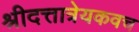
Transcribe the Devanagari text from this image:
श्रीदत्तात्रेयकवच